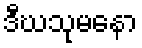
ဒီဃသုမနော